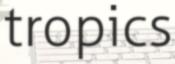
tropics